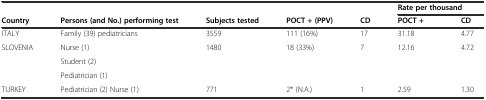
<table><thead><tr><td></td><td></td><td></td><td></td><td></td><td colspan="2"><b>Rate per thousand</b></td></tr><tr><td><b>Country</b></td><td><b>Persons (and No.) performing test</b></td><td><b>Subjects tested</b></td><td><b>POCT + (PPV)</b></td><td><b>CD</b></td><td><b>POCT +</b></td><td><b>CD</b></td></tr></thead><tbody><tr><td>ITALY</td><td>Family (39) pediatricians</td><td>3559</td><td>111 (16%)</td><td>17</td><td>31.18</td><td>4.77</td></tr><tr><td rowspan="3">SLOVENIA</td><td>Nurse (1)</td><td rowspan="2">1480</td><td rowspan="3">18 (33%)</td><td rowspan="3">7</td><td rowspan="3">12.16</td><td rowspan="3">4.72</td></tr><tr><td>Student (2)</td></tr><tr><td>Pediatrician (1)</td><td></td></tr><tr><td>TURKEY</td><td>Pediatrician (2) Nurse (1)</td><td>771</td><td>2* (N.A.)</td><td>1</td><td>2.59</td><td>1.30</td></tr></tbody></table>